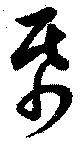
帋